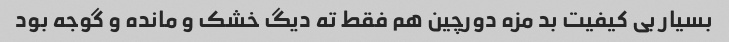
بسیار بی کیفیت بد مزه دورچین هم فقط ته دیگ خشک و مانده و گوجه بود